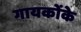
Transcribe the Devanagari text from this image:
गायकोंके